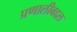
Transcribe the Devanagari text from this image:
प्रणालीबद्दल